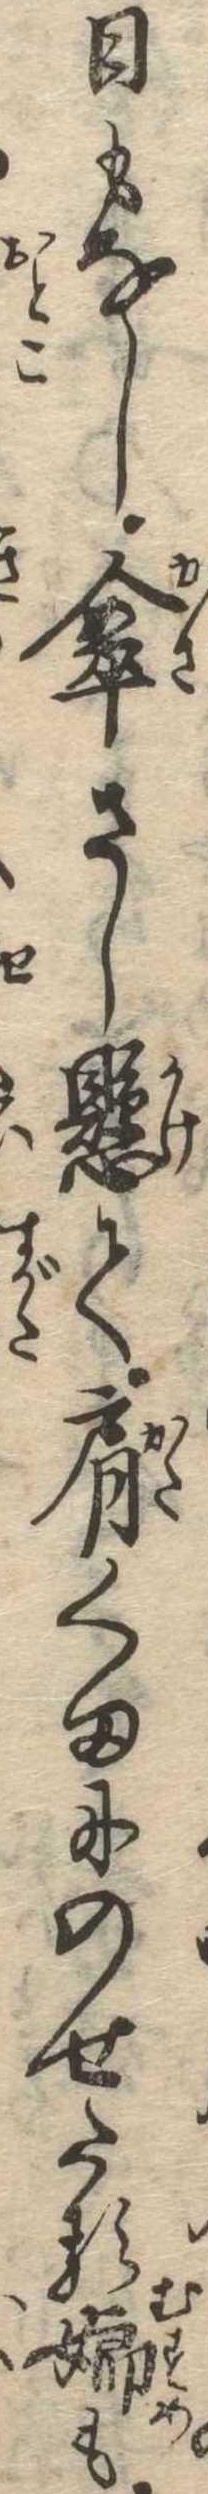
日もなし傘さし懸て肩くまにのせたる娘も